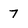
Character: 7